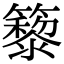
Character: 䉫